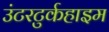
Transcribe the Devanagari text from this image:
उंटरटुर्कहाइम